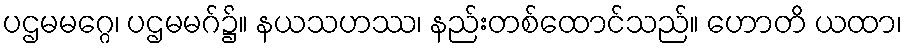
ပဌမမဂ္ဂေ၊ ပဌမမဂ်၌။ နယသဟဿ၊ နည်းတစ်ထောင်သည်။ ဟောတိ ယထာ၊